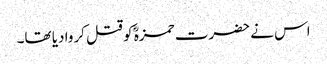
اس نے حضرت حمزہؓ کو قتل کروا دیا تھا۔